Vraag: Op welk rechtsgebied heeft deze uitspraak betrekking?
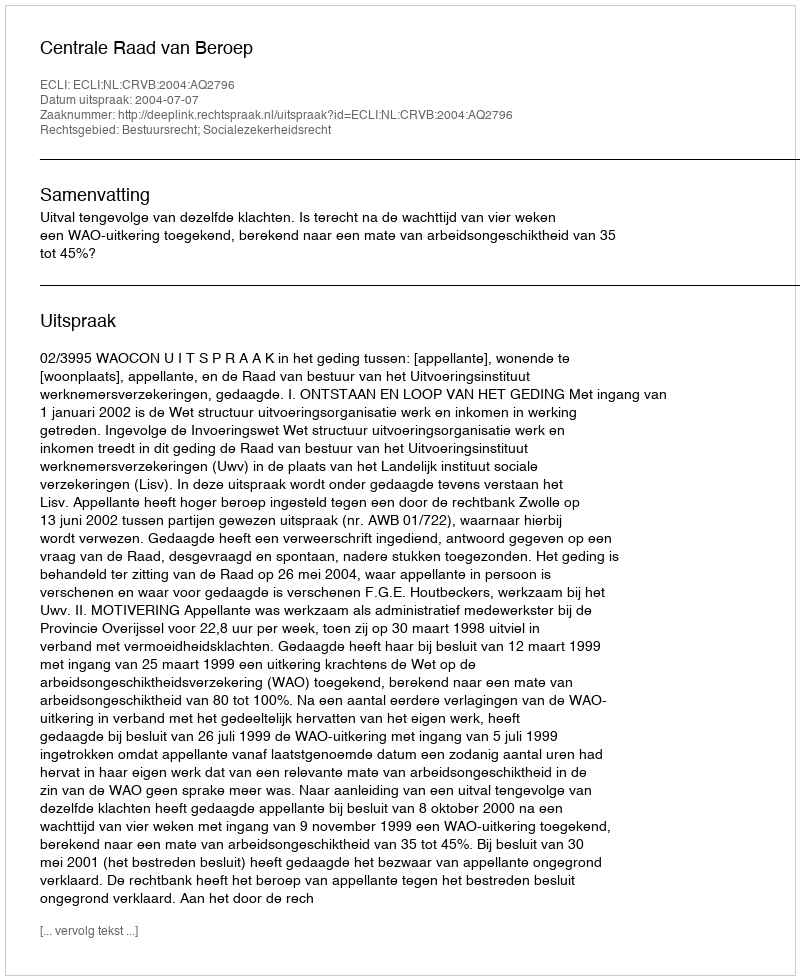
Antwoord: Bestuursrecht; Socialezekerheidsrecht